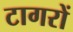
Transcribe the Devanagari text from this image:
टागरों